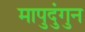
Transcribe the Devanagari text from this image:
मापुदुंगुन